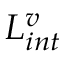
L _ { i n t } ^ { v }